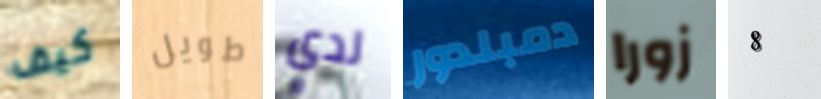
كيف طويل لدي دمبلدور زورا 8